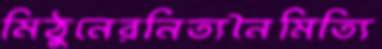
মিঠুনেরনিত্যনৈমিত্যি